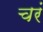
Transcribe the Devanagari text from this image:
चरं